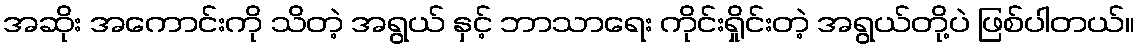
အဆိုး အကောင်းကို သိတဲ့ အရွယ် နှင့် ဘာသာရေး ကိုင်းရှိုင်းတဲ့ အရွယ်တို့ပဲ ဖြစ်ပါတယ်။